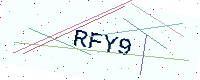
Text: RFY9